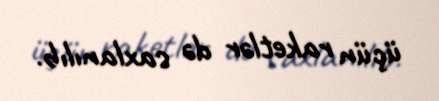
üçün raketlər də saxlanılıb.